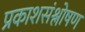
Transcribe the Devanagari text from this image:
प्रकाशसंश्लोषण